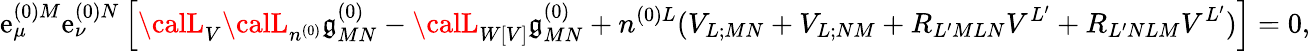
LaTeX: \mathrm{e}_{\mu}^{(0)M}\mathrm{e}_{\nu}^{(0)N}\left[{\calL}_{V}{\calL}_{n^{(0)}}\mathfrak{g}_{MN}^{(0)}-{\calL}_{W[V]}\mathfrak{g}_{MN}^{(0)}+n^{(0)L}(V_{L;MN}+V_{L;NM}+R_{L^{\prime}MLN}V^{L^{\prime}}+R_{L^{\prime}NLM}V^{L^{\prime}})\right]=0,